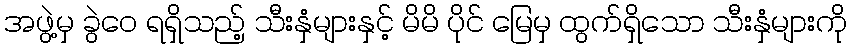
အဖွဲ့မှ ခွဲဝေ ရရှိသည့် သီးနှံများနှင့် မိမိ ပိုင် မြေမှ ထွက်ရှိသော သီးနှံများကို